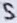
Text: S